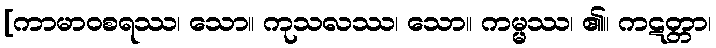
[ကာမာဝစရဿ၊ သော။ ကုသလဿ၊ သော။ ကမ္မ္မဿ၊ ၏။ ကဋတ္တာ၊